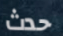
حدث